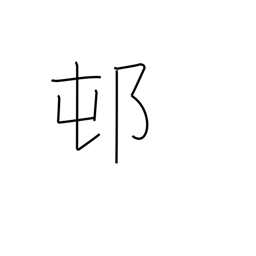
Meaning: rustic